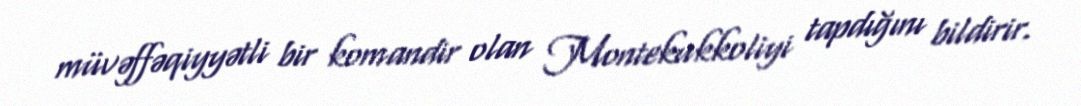
müvəffəqiyyətli bir komandir olan Montekukkoliyi tapdığını bildirir.